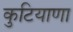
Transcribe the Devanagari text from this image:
कुटियाणा